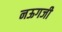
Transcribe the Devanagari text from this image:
नऊगजी